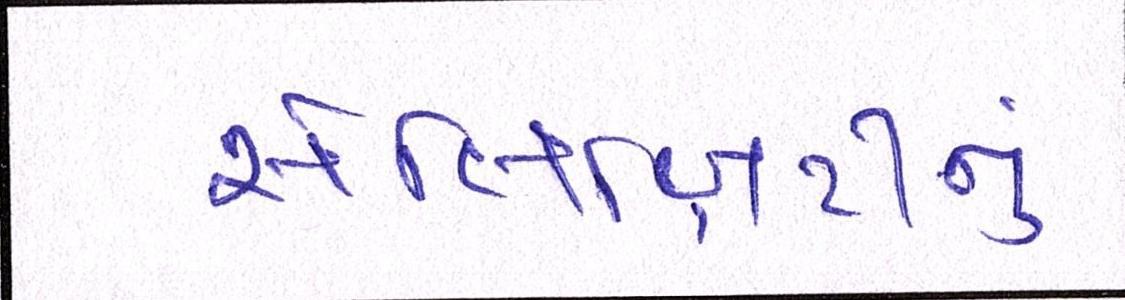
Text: સેલિબ્રિટીનું